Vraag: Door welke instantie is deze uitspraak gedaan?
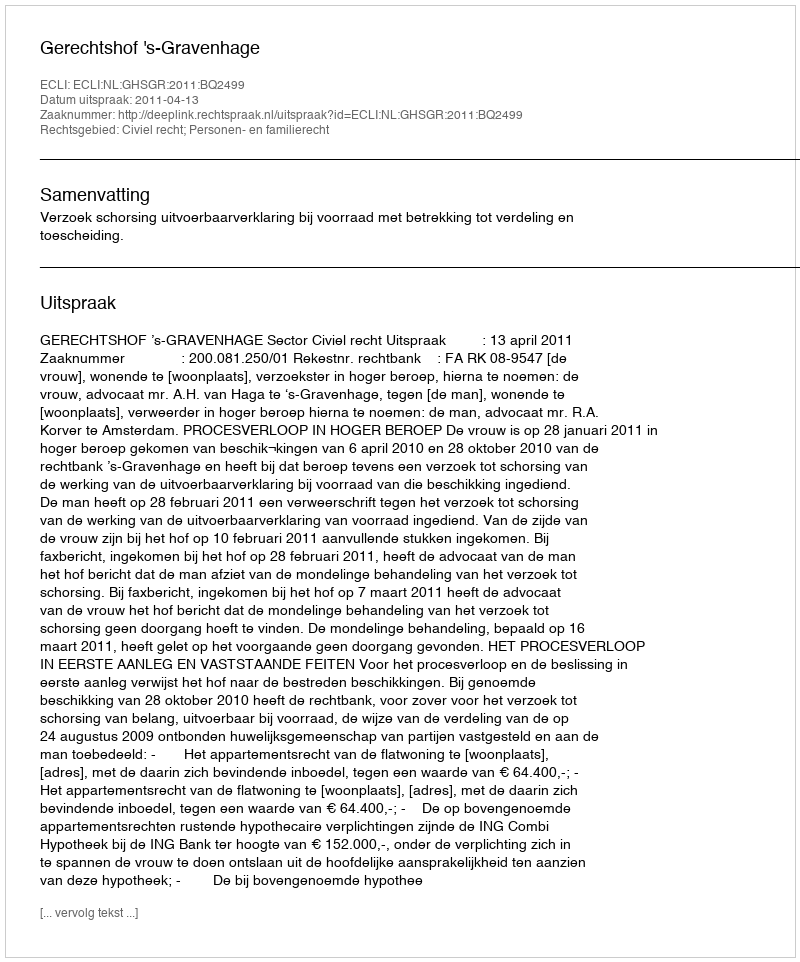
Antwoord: Gerechtshof 's-Gravenhage